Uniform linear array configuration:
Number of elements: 48
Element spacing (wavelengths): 0.25
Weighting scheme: hamming
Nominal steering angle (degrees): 0
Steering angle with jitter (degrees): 0.5809
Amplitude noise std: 0.05
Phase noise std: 0.05

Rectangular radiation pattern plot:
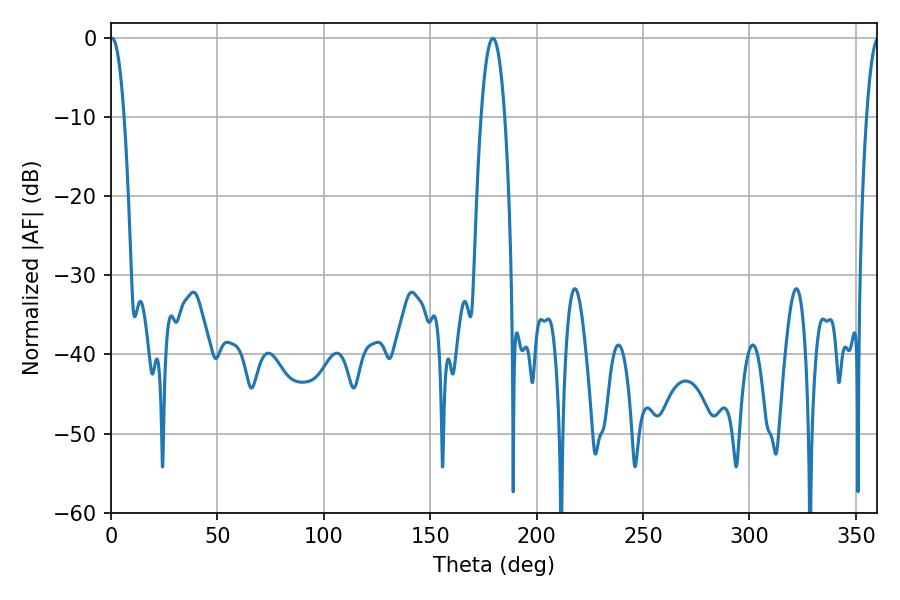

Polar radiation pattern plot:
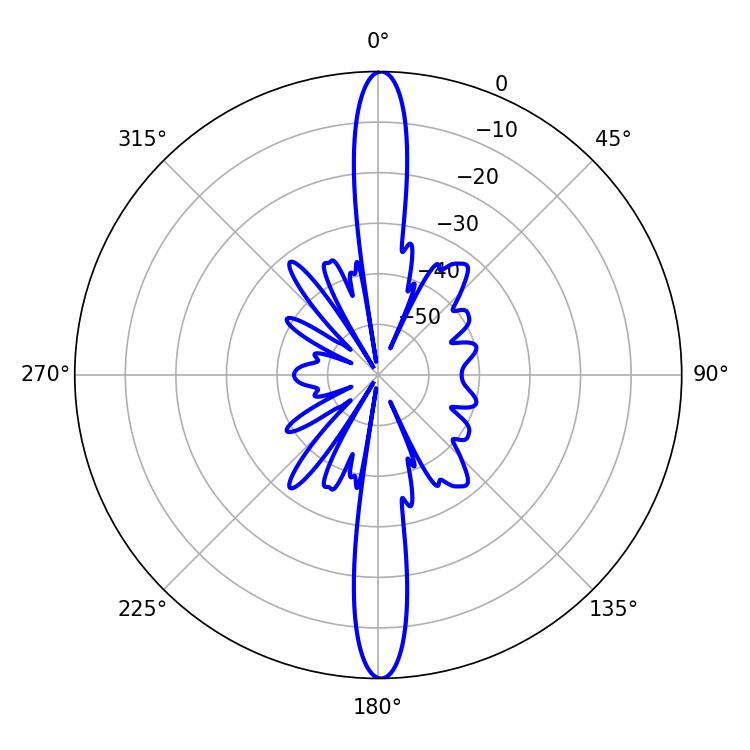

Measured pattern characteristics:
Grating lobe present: FALSE
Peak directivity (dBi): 29.168
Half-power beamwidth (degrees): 3.6
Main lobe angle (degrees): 0.54